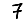
Digit: 7